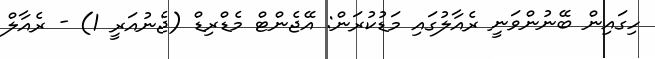
ހިގައިން ބޭނުންވަނީ ރެއާލުގައި މަޑުކުރަން: އޭޖެންޓް މެޑްރިޑް (ޖެނުއަރީ 1) - ރެއާލް